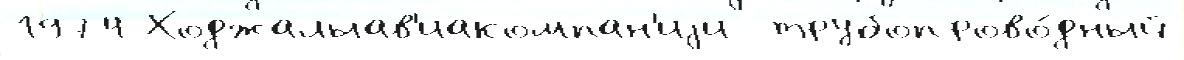
1974 Ходжалыав'иакомпан'иjи  трубопрово́дный